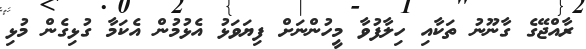
ރާއްޖޭގެ ގާނޫނު ތަކާއި ހިލާފުވާ މީހުންނަށް ފިޔަވަޅު އެޅުމުން އެކަމާ ގުޅިގެން މުޅި